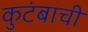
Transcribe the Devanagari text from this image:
कुटंबाची